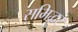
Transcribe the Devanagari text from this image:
समिद्धर